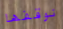
نوقفها